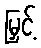
မြှင့်